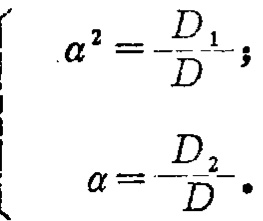
\[

\begin{cases}

\alpha^{2}=\frac{D_{1}}{D};\\

\alpha=\frac{D_{2}}{D}.

\end{cases}

\]